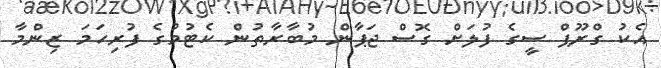
އެކު ގްރޫޕް ސީގެ ފުލަށް ގޮސް ޖަޕާން މުބާރާތުން ކެޓުމުގެ ފުރިހަމަ ޒިންމާ